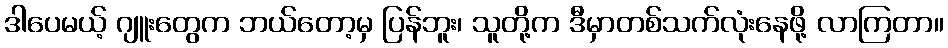
ဒါပေမယ့် ဂျူးတွေက ဘယ်တော့မှ ပြန်ဘူး၊ သူတို့က ဒီမှာတစ်သက်လုံးနေဖို့ လာကြတာ။